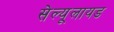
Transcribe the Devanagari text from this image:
सेल्यूलायड